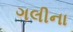
ગલીના